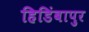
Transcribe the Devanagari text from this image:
हिडिंबापुर